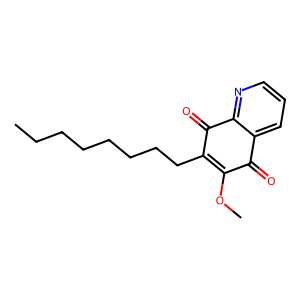
SMILES: CCCCCCCCC1=C(OC)C(=O)c2cccnc2C1=O
Inhibits HIV replication: No